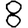
Digit: 8